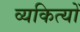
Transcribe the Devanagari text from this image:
व्यकित्यों